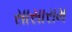
સાસારામ